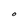
Character: O